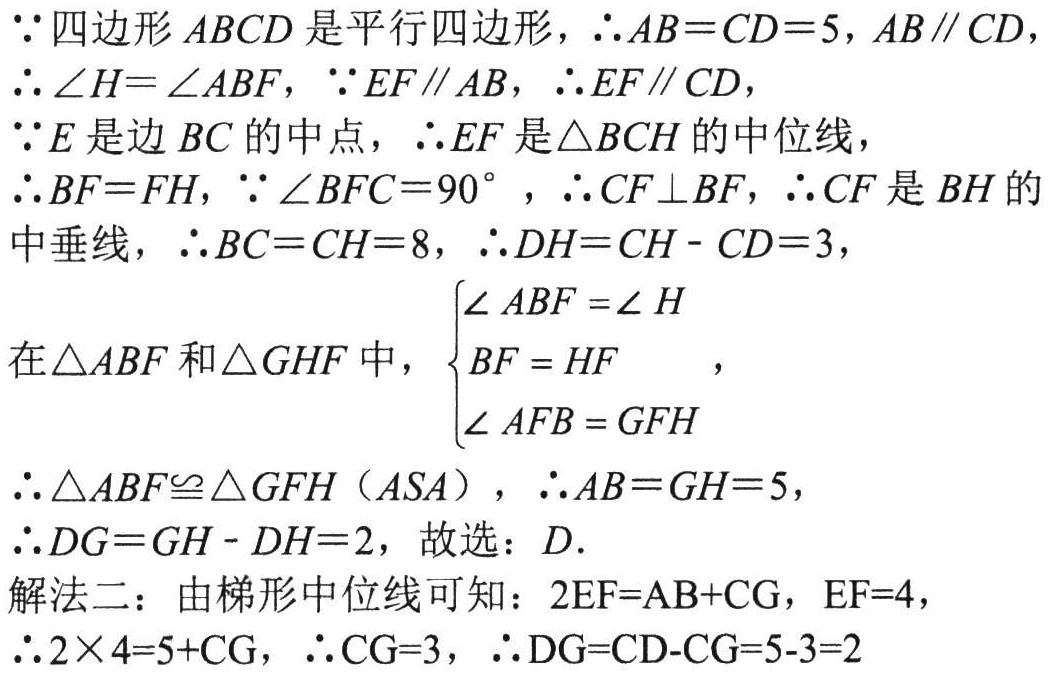
\(\because\)四边形\(ABCD\)是平行四边形，\(\therefore AB = CD = 5\)，\(AB\parallel CD\)，
\(\therefore \angle H=\angle ABF\)，\(\because EF\parallel AB\)，\(\therefore EF\parallel CD\)，
\(\because E\)是边\(BC\)的中点，\(\therefore EF\)是\(\triangle BCH\)的中位线，
\(\therefore BF = FH\)，\(\because \angle BFC = 90^{\circ}\)，\(\therefore CF\perp BF\)，\(\therefore CF\)是\(BH\)的中垂线，\(\therefore BC = CH = 8\)，\(\therefore DH=CH - CD = 3\)，
在\(\triangle ABF\)和\(\triangle GHF\)中，\(\begin{cases}
\angle ABF=\angle H\\
BF = HF\\
\angle AFB = GFH
\end{cases}\)，
\(\therefore \triangle ABF\cong \triangle GFH\)（\(ASA\)），\(\therefore AB = GH = 5\)，
\(\therefore DG=GH - DH = 2\)，故选：\(D\).
解法二：由梯形中位线可知：\(2EF = AB + CG\)，\(EF = 4\)，
\(\therefore 2\times4 = 5+CG\)，\(\therefore CG = 3\)，\(\therefore DG=CD - CG = 5 - 3 = 2\)